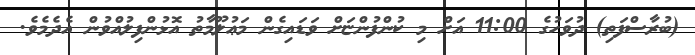
(ބުރާސްފަތި) ދުވަހުގެ 11:00 އަށް މި ކުންފުންޏަށް ވަޑައިގެން މަޢުލޫމާތު އޮޅުންފިލުއްވުން އެދެމެވެ.